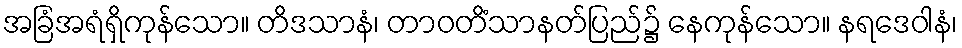
အခြံအရံရှိကုန်သော။ တိဒသာနံ၊ တာဝတိံသာနတ်ပြည်၌ နေကုန်သော။ နရဒေဝါနံ၊